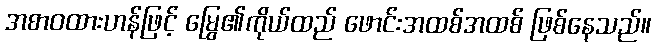
အစာဝထားဟန်ဖြင့် မြွေ၏ကိုယ်ထည် ဖောင်းအထစ်အထစ် ဖြစ်နေသည်။